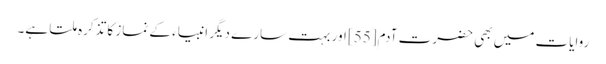
روایات میں بھی حضرت آدم[55] اور بہت سارے دیگر انبیاء کے نماز کا تذکرہ ملتا ہے۔